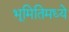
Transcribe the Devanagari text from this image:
भूमितिमध्ये